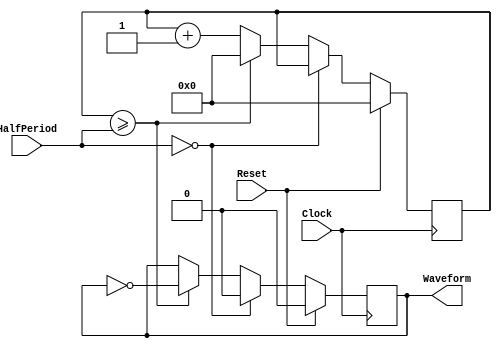
`timescale 1ns / 1ps
// Written by	: Jianjian Song
// to generate a waveform of period
// March 9, 2012
module Waveform(HalfPeriod, Waveform, Reset, Clock) ;

parameter 	NumberOfBits = 20;
input		Reset, Clock;
input [NumberOfBits-1:0] HalfPeriod;
output reg	Waveform;

reg 	[NumberOfBits-1:0]	WaveformCounter;
	
	
always @ (posedge Clock) begin
	if(Reset==1)		begin WaveformCounter <= 0; Waveform<=0; end
	else if(HalfPeriod==0) Waveform<=0;
	else if(WaveformCounter>=HalfPeriod) 
		begin WaveformCounter<=0; Waveform <= ~Waveform; end
	else WaveformCounter<=WaveformCounter+1'b1;
	end
endmodule